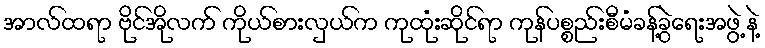
အာလ်ထရာ ဗိုင်အိုလက် ကိုယ်စားလှယ်က ကုထုံးဆိုင်ရာ ကုန်ပစ္စည်းစီမံခန့်ခွဲရေးအဖွဲ့ နဲ့